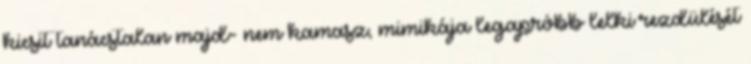
kicsit tanácstalan majd- nem kamasz, mimikája legapróbb lelki rezdülését